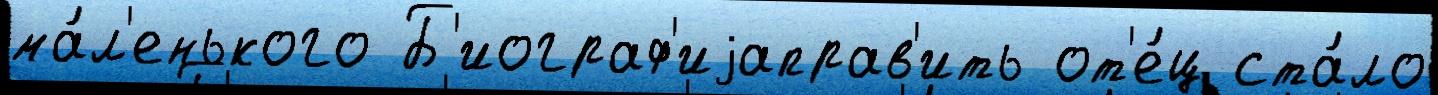
ма́л'енького Б'иограф'иjаправ'ить от'е́ц ста́ло